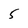
Character: 5